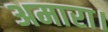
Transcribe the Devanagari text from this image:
अमारा।